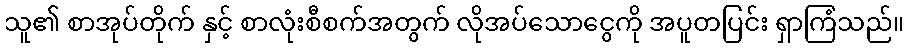
သူ၏ စာအုပ်တိုက် နှင့် စာလုံးစီစက်အတွက် လိုအပ်သောငွေကို အပူတပြင်း ရှာကြံသည်။